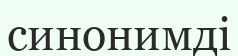
синонимді